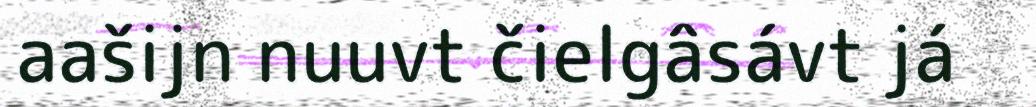
aašijn nuuvt čielgâsávt já